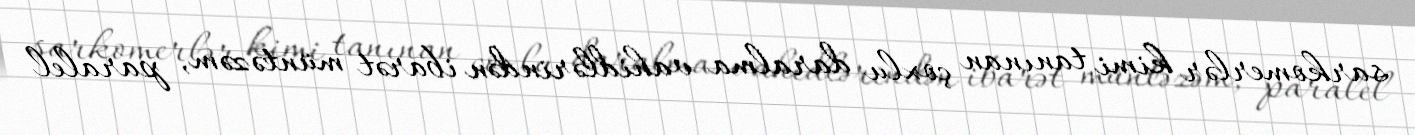
sarkomerlər kimi tanınan çoxlu daralma vahidlərindən ibarət müntəzəm, paralel